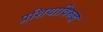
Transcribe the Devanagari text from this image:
प्रशियाविरुद्ध